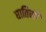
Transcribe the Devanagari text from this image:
घातिनी